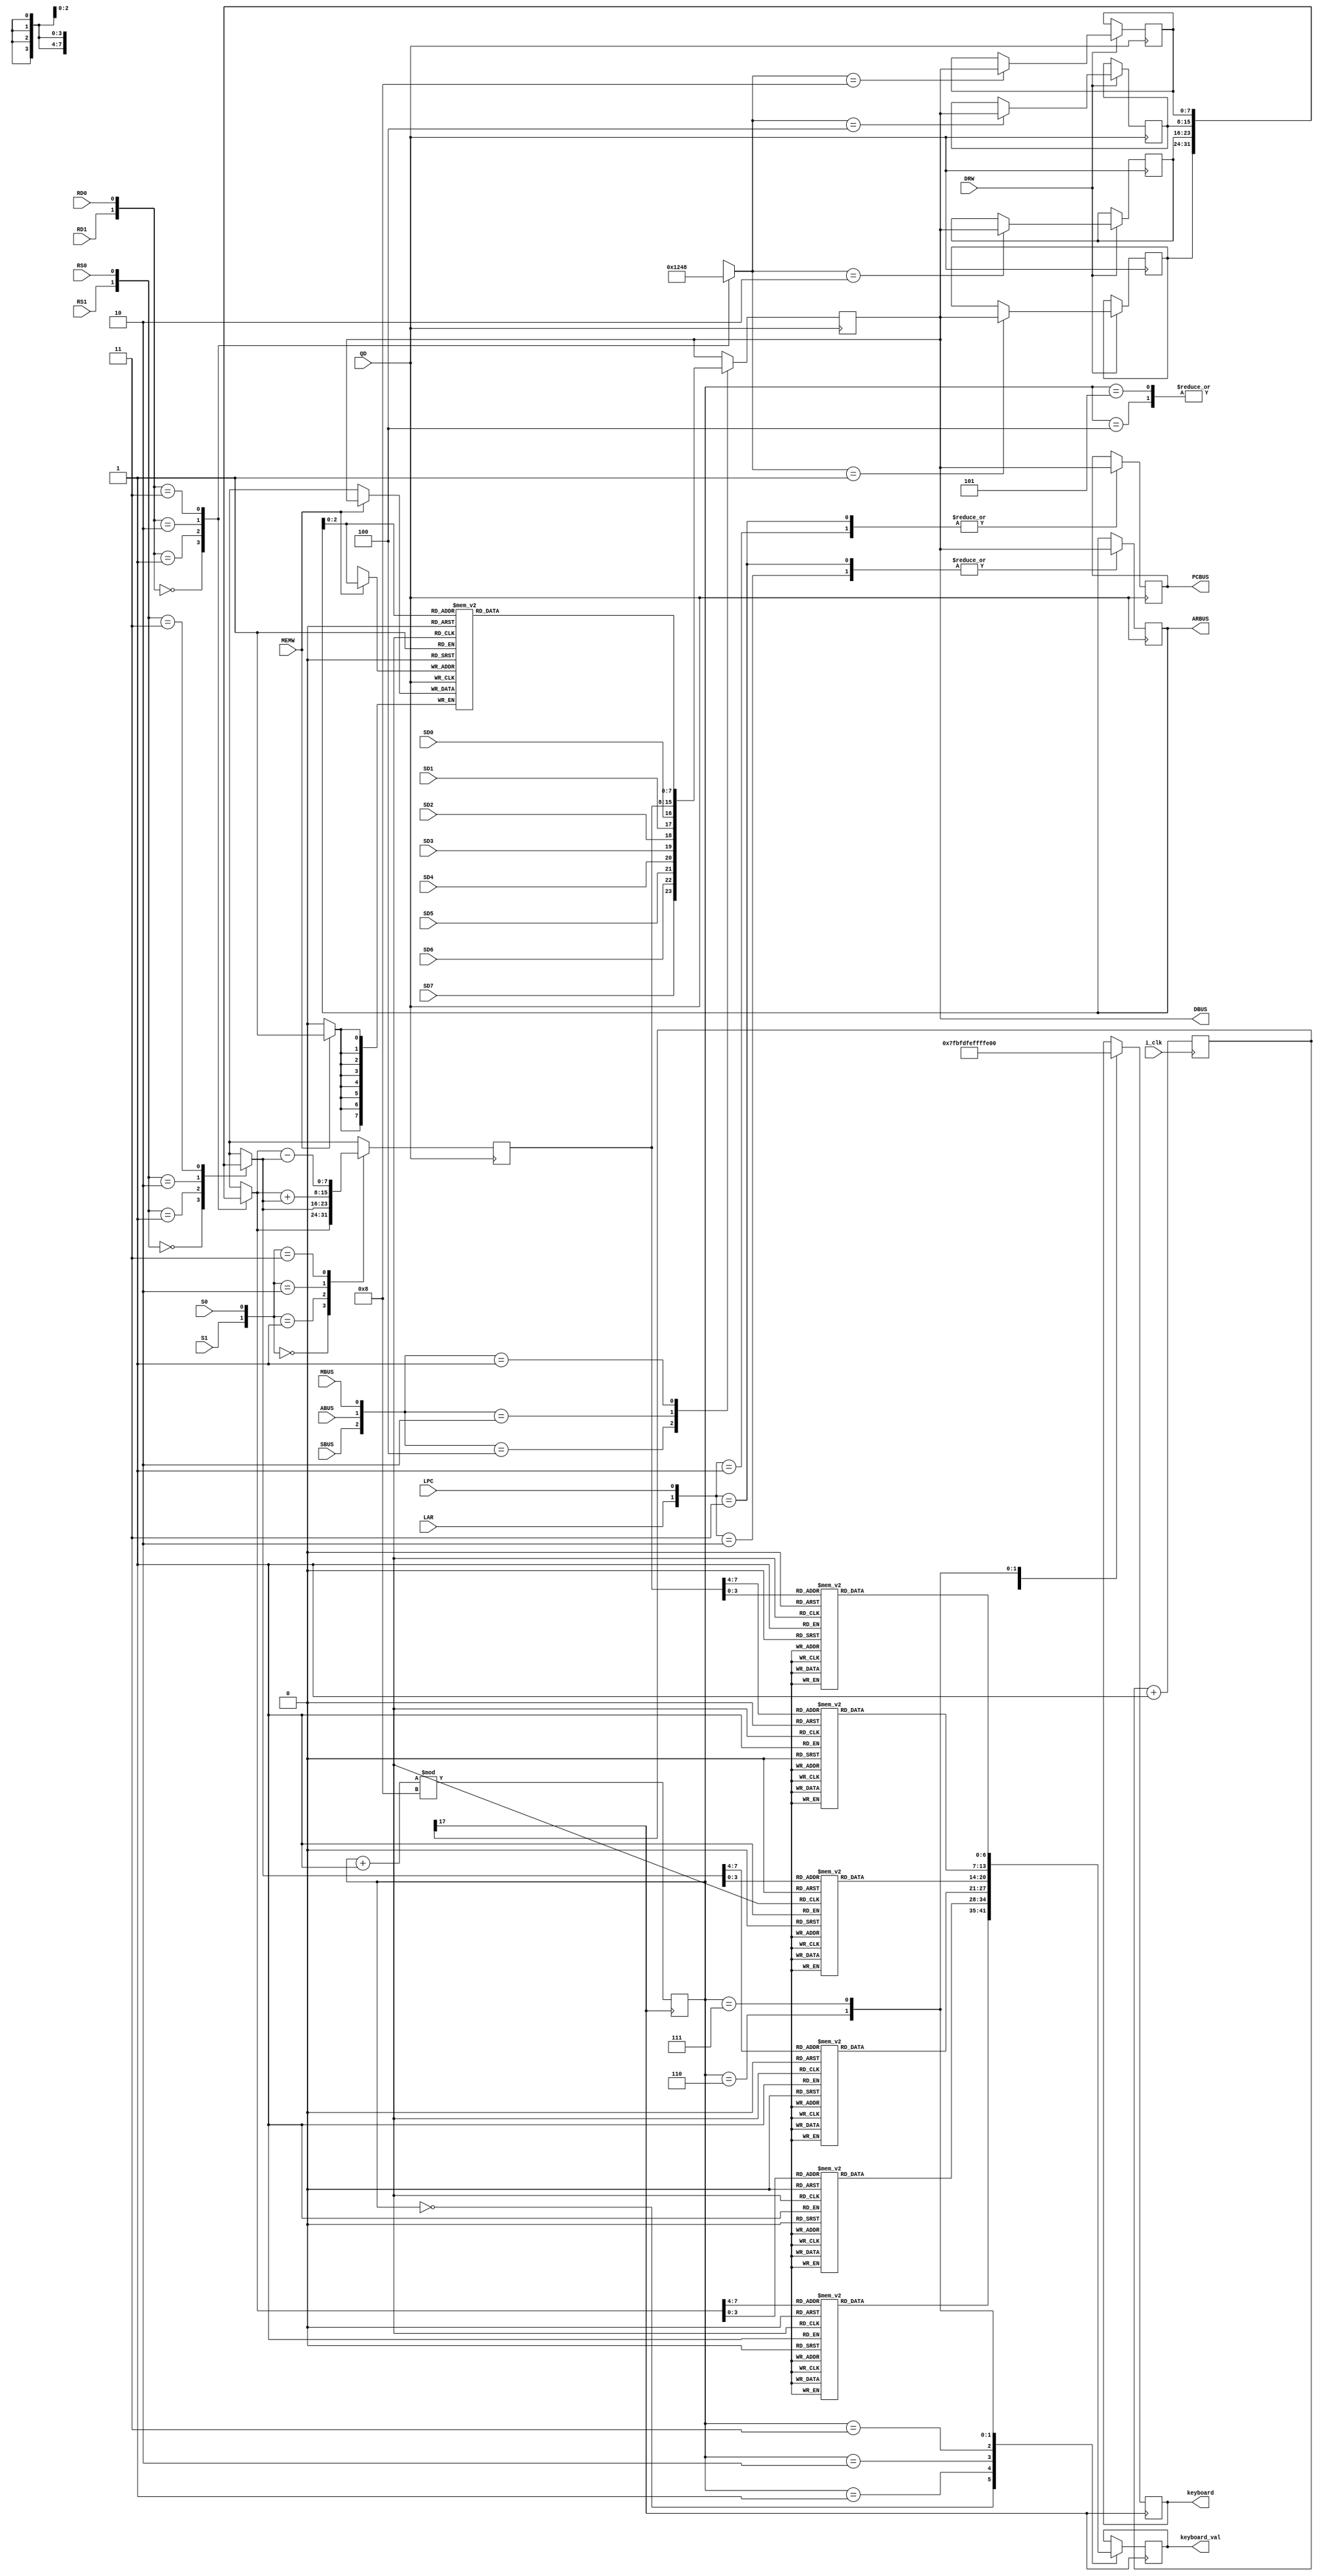
`timescale 1ns / 1ps
//////////////////////////////////////////////////////////////////////////////////
// Company: 
// Engineer: 
// 
// Design Name: ,,,
// Module Name: data_path
// Project Name: data_path
// Target Devices: xc7a100tfgg484-2
// Tool Versions: Vivado 2019.1
// Description: TEC-8
// 
// Dependencies: 
// 
// Revision:
// Revision 0.01 - File Created
// Additional Comments:
// 
//////////////////////////////////////////////////////////////////////////////////


module data_path
(
    input QD,                               //
    input ABUS,SBUS,MBUS,                   //
    input S0,S1,                            //ALU
    input RD1,RD0,                          //A
    input RS0,RS1,                          //B
    input DRW,MEMW,                         //
    input LAR,LPC,                          //ARPC
    input SD7,SD6,SD5,SD4,SD3,SD2,SD1,SD0,  //
    input i_clk,                            // 100MHZ
    output wire [7:0]DBUS,                  //
    output wire [7:0]ARBUS,                 //
    output wire [7:0]PCBUS,                 //PC
    output reg [6:0] keyboard_val,          //     
    output reg [7:0] keyboard               //  
);
    reg LR3,LR2,LR1,LR0;                    //
    reg [7:0]R0;                            //0
    reg [7:0]R1;                            //1
    reg [7:0]R2;                            //2
    reg [7:0]R3;                            //3
    reg [7:0]A;                             //A
    reg [7:0]B;                             //B
    reg [7:0]R;                             //
    reg [7:0]DR;                            //
    reg [7:0]AR;                            //
    reg [7:0]PC;                            //PC
    reg [7:0]MEM[7:0];                      //8*8
    reg [17:0] cnt;                        // 87
    reg [3:0] flag;                        // 
// 
assign DBUS = DR;  
assign ARBUS = AR;
assign PCBUS = PC;
//+1
always @ (posedge i_clk)                         
   begin 
      cnt <= cnt + 1'b1;                        
   end   
     
wire key_clk  = cnt[17];               //

always @ (posedge key_clk)
  begin
    flag <= (flag + 1'b1) % 4'd8;       //87 
    case(flag)
       4'h0:begin
                keyboard <= 8'b0111_1111;   //1
                case(A[7:4])
                4'h0:keyboard_val <= 7'b0000001;     //0
                4'h1:keyboard_val <= 7'b1001111;     //1
                4'h2:keyboard_val <= 7'b0010010;     //2
                4'h3:keyboard_val <= 7'b0000110;     //3
                4'h4:keyboard_val <= 7'b1001100;     //4
                4'h5:keyboard_val <= 7'b0100100;     //5
                4'h6:keyboard_val <= 7'b0100000;     //6
                4'h7:keyboard_val <= 7'b0001111;     //7
                4'h8:keyboard_val <= 7'b0000000;     //8
                4'h9:keyboard_val <= 7'b0001100;     //9
                4'hA:keyboard_val <= 7'b0001000;     //A
                4'hB:keyboard_val <= 7'b1100000;     //B
                4'hC:keyboard_val <= 7'b0001101;     //C
                4'hD:keyboard_val <= 7'b1000010;     //D
                4'hE:keyboard_val <= 7'b0110000;     //E
                4'hF:keyboard_val <= 7'b0111000;     //F
                endcase
            end   
             
       4'h1:begin
                keyboard <= 8'b1011_1111;   //2
                case(A[3:0])
                4'h0:keyboard_val <= 7'b0000001;     //0
                4'h1:keyboard_val <= 7'b1001111;     //1
                4'h2:keyboard_val <= 7'b0010010;     //2
                4'h3:keyboard_val <= 7'b0000110;     //3
                4'h4:keyboard_val <= 7'b1001100;     //4
                4'h5:keyboard_val <= 7'b0100100;     //5
                4'h6:keyboard_val <= 7'b0100000;     //6
                4'h7:keyboard_val <= 7'b0001111;     //7
                4'h8:keyboard_val <= 7'b0000000;     //8
                4'h9:keyboard_val <= 7'b0001100;     //9
                4'hA:keyboard_val <= 7'b0001000;     //A
                4'hB:keyboard_val <= 7'b1100000;     //B
                4'hC:keyboard_val <= 7'b0001101;     //C
                4'hD:keyboard_val <= 7'b1000010;     //D
                4'hE:keyboard_val <= 7'b0110000;     //E
                4'hF:keyboard_val <= 7'b0111000;     //F
                endcase
            end
            
       4'h2:begin
                keyboard <= 8'b1101_1111;   //3
                case(B[7:4])
                4'h0:keyboard_val <= 7'b0000001;     //0
                4'h1:keyboard_val <= 7'b1001111;     //1
                4'h2:keyboard_val <= 7'b0010010;     //2
                4'h3:keyboard_val <= 7'b0000110;     //3
                4'h4:keyboard_val <= 7'b1001100;     //4
                4'h5:keyboard_val <= 7'b0100100;     //5
                4'h6:keyboard_val <= 7'b0100000;     //6
                4'h7:keyboard_val <= 7'b0001111;     //7
                4'h8:keyboard_val <= 7'b0000000;     //8
                4'h9:keyboard_val <= 7'b0001100;     //9
                4'hA:keyboard_val <= 7'b0001000;     //A
                4'hB:keyboard_val <= 7'b1100000;     //B
                4'hC:keyboard_val <= 7'b0001101;     //C
                4'hD:keyboard_val <= 7'b1000010;     //D
                4'hE:keyboard_val <= 7'b0110000;     //E
                4'hF:keyboard_val <= 7'b0111000;     //F
                endcase
            end
            
       4'h3:begin
                keyboard <= 8'b1110_1111;   //4
                case(B[3:0])
                4'h0:keyboard_val <= 7'b0000001;     //0
                4'h1:keyboard_val <= 7'b1001111;     //1
                4'h2:keyboard_val <= 7'b0010010;     //2
                4'h3:keyboard_val <= 7'b0000110;     //3
                4'h4:keyboard_val <= 7'b1001100;     //4
                4'h5:keyboard_val <= 7'b0100100;     //5
                4'h6:keyboard_val <= 7'b0100000;     //6
                4'h7:keyboard_val <= 7'b0001111;     //7
                4'h8:keyboard_val <= 7'b0000000;     //8
                4'h9:keyboard_val <= 7'b0001100;     //9
                4'hA:keyboard_val <= 7'b0001000;     //A
                4'hB:keyboard_val <= 7'b1100000;     //B
                4'hC:keyboard_val <= 7'b0001101;     //C
                4'hD:keyboard_val <= 7'b1000010;     //D
                4'hE:keyboard_val <= 7'b0110000;     //E
                4'hF:keyboard_val <= 7'b0111000;     //F
                endcase
            end
       4'h4:begin
                keyboard <= 8'b1111_1111;   //5
            end   
       4'h5:begin
                keyboard <= 8'b1111_1111;   //6
            end
       4'h6:begin
                keyboard <= 8'b1111_1101;   //7
                case(R[7:4])
                4'h0:keyboard_val <= 7'b0000001;     //0
                4'h1:keyboard_val <= 7'b1001111;     //1
                4'h2:keyboard_val <= 7'b0010010;     //2
                4'h3:keyboard_val <= 7'b0000110;     //3
                4'h4:keyboard_val <= 7'b1001100;     //4
                4'h5:keyboard_val <= 7'b0100100;     //5
                4'h6:keyboard_val <= 7'b0100000;     //6
                4'h7:keyboard_val <= 7'b0001111;     //7
                4'h8:keyboard_val <= 7'b0000000;     //8
                4'h9:keyboard_val <= 7'b0001100;     //9
                4'hA:keyboard_val <= 7'b0001000;     //A
                4'hB:keyboard_val <= 7'b1100000;     //B
                4'hC:keyboard_val <= 7'b0001101;     //C
                4'hD:keyboard_val <= 7'b1000010;     //D
                4'hE:keyboard_val <= 7'b0110000;     //E
                4'hF:keyboard_val <= 7'b0111000;     //F
                endcase
            end
       4'h7:begin
                keyboard <= 8'b1111_1110;   //8
                case(R[3:0])
                4'h0:keyboard_val <= 7'b0000001;     //0
                4'h1:keyboard_val <= 7'b1001111;     //1
                4'h2:keyboard_val <= 7'b0010010;     //2
                4'h3:keyboard_val <= 7'b0000110;     //3
                4'h4:keyboard_val <= 7'b1001100;     //4
                4'h5:keyboard_val <= 7'b0100100;     //5
                4'h6:keyboard_val <= 7'b0100000;     //6
                4'h7:keyboard_val <= 7'b0001111;     //7
                4'h8:keyboard_val <= 7'b0000000;     //8
                4'h9:keyboard_val <= 7'b0001100;     //9
                4'hA:keyboard_val <= 7'b0001000;     //A
                4'hB:keyboard_val <= 7'b1100000;     //B
                4'hC:keyboard_val <= 7'b0001101;     //C
                4'hD:keyboard_val <= 7'b1000010;     //D
                4'hE:keyboard_val <= 7'b0110000;     //E
                4'hF:keyboard_val <= 7'b0111000;     //F
                endcase
            end   
    endcase
  end

//
always @(posedge QD) 
begin
    case({SBUS,ABUS,MBUS})
        3'b100:DR = {SD7,SD6,SD5,SD4,SD3,SD2,SD1,SD0};
        3'b010:DR = R;
        3'b001:DR = MEM[AR];
        default:DR=DR;
    endcase
end           
//2-4
always @(*) 
begin
    case({RD1,RD0})
        2'b00:{LR3,LR2,LR1,LR0} = 4'b0001;
        2'b01:{LR3,LR2,LR1,LR0} = 4'b0010;
        2'b10:{LR3,LR2,LR1,LR0} = 4'b0100;
        2'b11:{LR3,LR2,LR1,LR0} = 4'b1000;
    endcase
end 
always @(posedge QD) 
begin
    if(DRW)
    case({LR3,LR2,LR1,LR0})
        4'b0001:R0=DR;
        4'b0010:R1=DR;
        4'b0100:R2=DR;
        4'b1000:R3=DR;
    endcase
end           
//AB   
always @(*) 
begin
    case({RD1,RD0})
        2'b00:A=R0;
        2'b01:A=R1;
        2'b10:A=R2;
        2'b11:A=R3;
    endcase
end     
always @(*) 
begin
    case({RS1,RS0})
        2'b00:B=R0;
        2'b01:B=R1;
        2'b10:B=R2;
        2'b11:B=R3;
    endcase
end  
//ALU
always @(posedge QD) 
begin
    case({S1,S0})
        2'b00:R=A;
        2'b01:R=B;
        2'b10:R=A+B;
        2'b11:R=A-B;
    endcase
end    
//ARPC
always @(posedge QD) 
begin
    case({LAR,LPC})
        2'b01:PC=DR;
        2'b10:AR=DR;
        2'b11:begin
                PC=DR;
                AR=DR;
              end
        default:;
    endcase
end
//
always @(posedge QD) 
begin
if(MEMW)
    MEM[AR]=DR;
end

endmodule